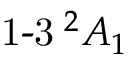
{ \operatorname { 1 - 3 } } \! \! \! \phantom { A } ^ { 2 } A _ { 1 }